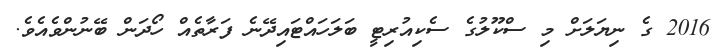
2016 ގެ ނިޔަލަށް މި ސްކޫލުގެ ސެކިއުރިޓީ ބަލަހައްޓައިދޭނެ ފަރާތެއް ހޯދަން ބޭނުންވެއެވެ.